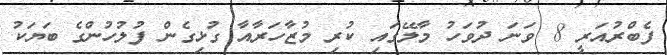
ފެބްރުއަރީ 8 ވަނަ ދުވަހު މާލޭގައި ކުރި މުޒާހަރާއާ ގުޅިގެން ފުލުހުންގެ ބަޔަކު